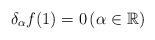
LaTeX: \begin{align*} \delta_{\alpha}f(1)=0 \left(\alpha\in \mathbb{R}\right)\end{align*}